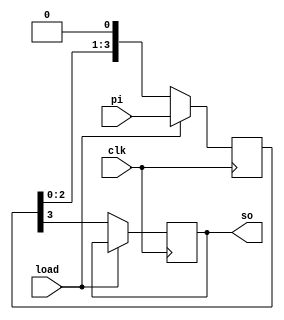
module piso(clk,load,pi,so);
input clk,load;
input [3:0]pi;
output reg so;
reg [3:0]tmp;
always @(posedge clk)
begin
if(load)
tmp<=pi;
else
begin
so<=tmp[3];
tmp<={tmp[2:0],1'b0};
end
end
endmodule